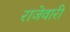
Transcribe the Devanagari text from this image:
राजेवारी